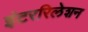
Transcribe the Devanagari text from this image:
इंटररिलेशन